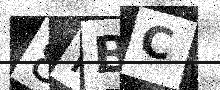
Text: 8HBC